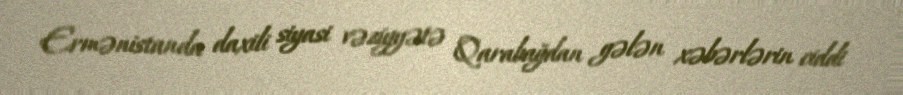
Ermənistanda daxili siyasi vəziyyətə Qarabağdan gələn xəbərlərin ciddi